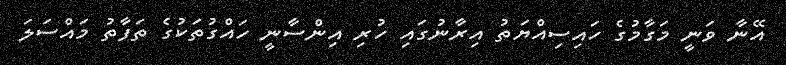
އޭނާ ވަނީ މަގާމުގެ ހައިސިއްޔަތު އިރާނުގައި ހުރި އިންސާނީ ހައްގުތަކުގެ ތަފާތު މައްސަލަ